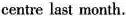
centre last month.